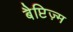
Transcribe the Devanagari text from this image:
बैप्टिज़्म